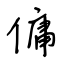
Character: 傭